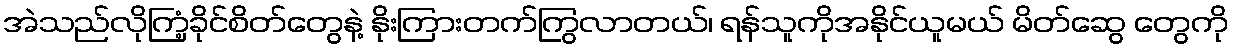
အဲသည်လိုကြံ့ခိုင်စိတ်တွေနဲ့ နိုးကြားတက်ကြွလာတယ်၊ ရန်သူကိုအနိုင်ယူမယ် မိတ်ဆွေ တွေကို